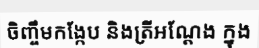
ចិញ្ចឹមកង្កែប និងត្រីអណ្តែង ក្នុង